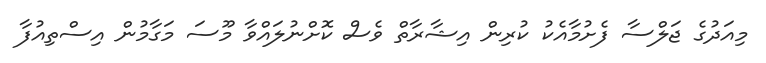
މިއަދުގެ ޖަލްސާ ފެށުމާއެކު ކުރިން އިޝާރާތް ވެސް ކޮށްނުލައްވާ މޫސަ މަގާމުން އިސްތިއުފާ